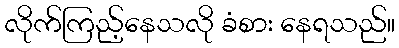
လိုက်ကြည့်နေသလို ခံစား နေရသည်။